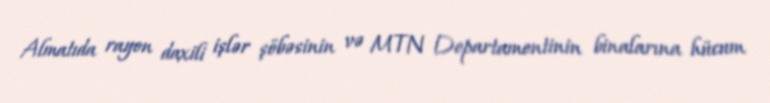
Almatıda rayon daxili işlər şöbəsinin və MTN Departamentinin binalarına hücum